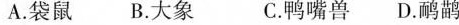
A. 袋鼠B. 大象 C. 鸭嘴兽D. 鸸鹋